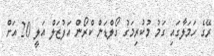
ރޭގެ ހަމަލާގައި ގަމު މުކުރިމަގު ގޯލްޑަން ކްރޯން އަފުޒަލް އަލީ 20 އަށް